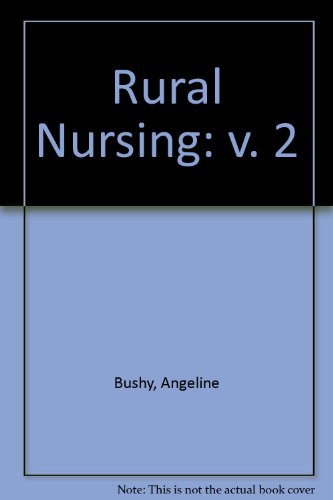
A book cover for Rural Nursing; Angeline Bushy; Medical Books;